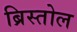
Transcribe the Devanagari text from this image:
ब्रिस्तोल